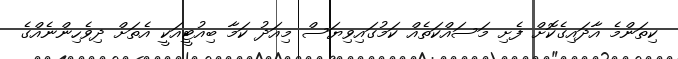
ކިތަންމެ އާދައިގެކޮށް ފެށި މަސައްކަތެއް ކަމުގައިވިޔަސް މިއަދު ކަމާ ބިއުޓީއަކީ އެތަށް ދިވެހިންނެއްގެ